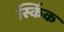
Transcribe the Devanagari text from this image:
स्किंक